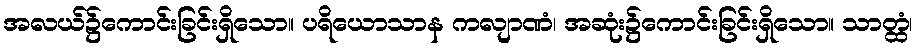
အလယ်၌ကောင်းခြင်းရှိသော။ ပရိယောသာန ကလျာဏံ၊ အဆုံး၌ကောင်းခြင်းရှိသော။ သာတ္ထံ၊